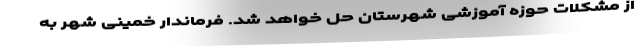
از مشکلات حوزه آموزشی شهرستان حل خواهد شد. فرماندار خمینی شهر به